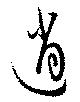
逍